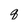
Character: q